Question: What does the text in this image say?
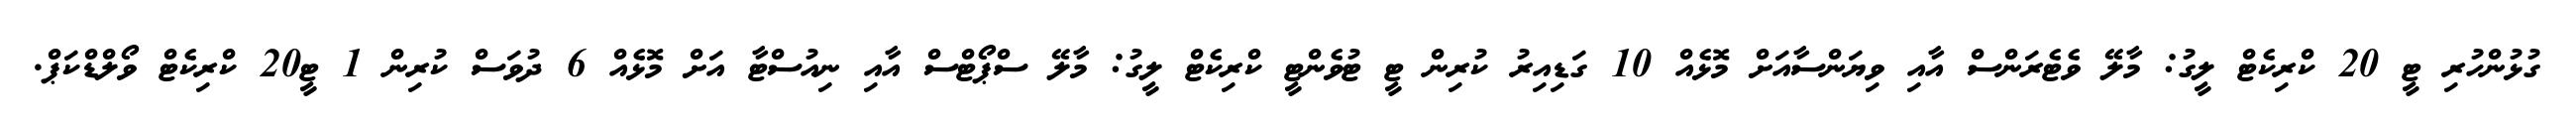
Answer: ގުޅުންހުރި ޓީ 20 ކްރިކެޓް ލީގު: މާލޭ ވެޓެރަންސް އާއި ވިޔަންސާއަށް މޮޅެއް 10 ގަޑިއިރު ކުރިން ޓީ ޓުވެންޓީ ކްރިކެޓް ލީގު: މާލޭ ސްޕޯޓްސް އާއި ނިއުސްޓާ އަށް މޮޅެއް 6 ދުވަސް ކުރިން 1 ޓީ20 ކްރިކެޓް ވޯލްޑްކަޕް.